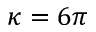
\kappa = 6 \pi